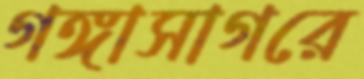
গঙ্গাসাগরে